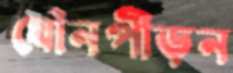
যৌনপীড়ন